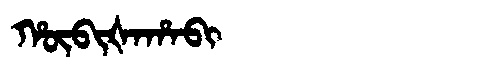
Manchu: ᡥᡡᠪᡳᡧᠠᡥᠠᠪᡳ
Romanization: HŪBIŠAHABI